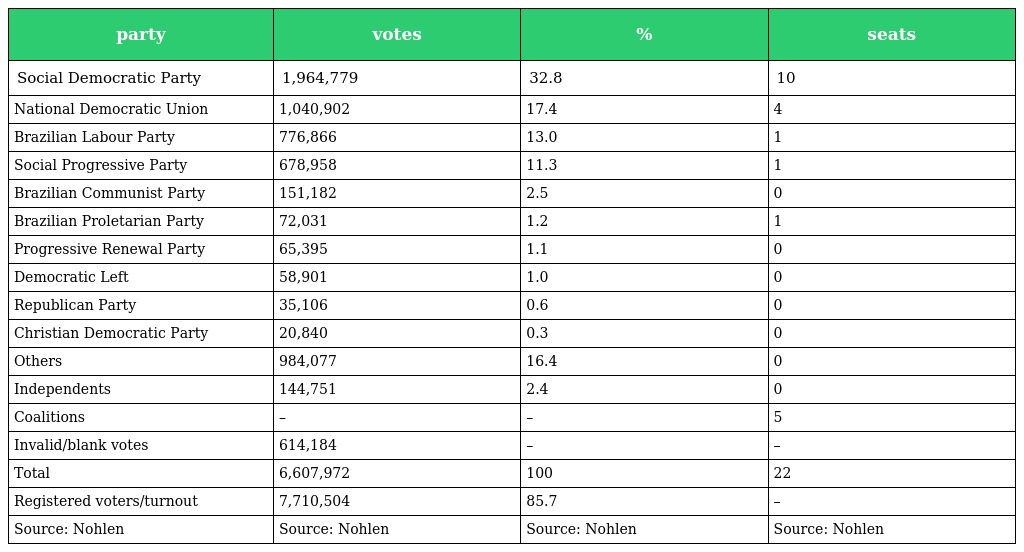
| party | votes | % | seats |
 | --- | --- | --- | --- |
 | Social Democratic Party | 1,964,779 | 32.8 | 10 |
 | National Democratic Union | 1,040,902 | 17.4 | 4 |
 | Brazilian Labour Party | 776,866 | 13.0 | 1 |
 | Social Progressive Party | 678,958 | 11.3 | 1 |
 | Brazilian Communist Party | 151,182 | 2.5 | 0 |
 | Brazilian Proletarian Party | 72,031 | 1.2 | 1 |
 | Progressive Renewal Party | 65,395 | 1.1 | 0 |
 | Democratic Left | 58,901 | 1.0 | 0 |
 | Republican Party | 35,106 | 0.6 | 0 |
 | Christian Democratic Party | 20,840 | 0.3 | 0 |
 | Others | 984,077 | 16.4 | 0 |
 | Independents | 144,751 | 2.4 | 0 |
 | Coalitions | – | – | 5 |
 | Invalid/blank votes | 614,184 | – | – |
 | Total | 6,607,972 | 100 | 22 |
 | Registered voters/turnout | 7,710,504 | 85.7 | – |
 | Source: Nohlen | Source: Nohlen | Source: Nohlen | Source: Nohlen |